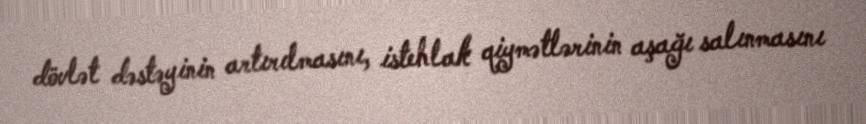
dövlət dəstəyinin artırılmasını, istehlak qiymətlərinin aşağı salınmasını